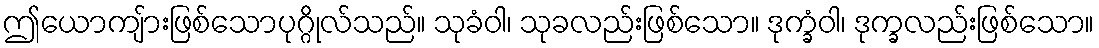
ဤယောကျ်ားဖြစ်သောပုဂ္ဂိုလ်သည်။ သုခံဝါ၊ သုခလည်းဖြစ်သော။ ဒုက္ခံဝါ၊ ဒုက္ခလည်းဖြစ်သော။